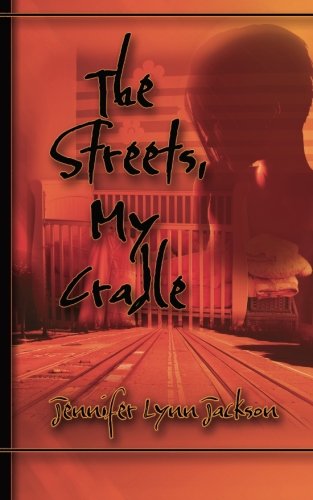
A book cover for The Streets, My Cradle; Jennifer Lynn Jackson; Parenting & Relationships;